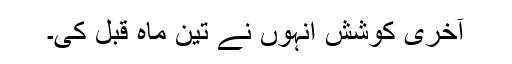
آخری کوشش انہوں نے تین ماہ قبل کی۔